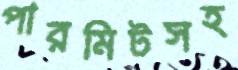
পারমিটসহ